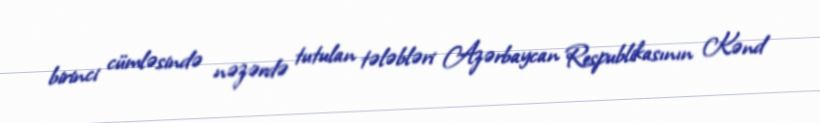
birinci cümləsində nəzərdə tutulan tələbləri Azərbaycan Respublikasının Kənd